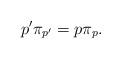
LaTeX: \begin{align*} p'\pi_{p'}=p\pi_p.\end{align*}